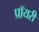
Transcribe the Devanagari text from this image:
प्रॉयरी